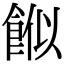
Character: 𩛮